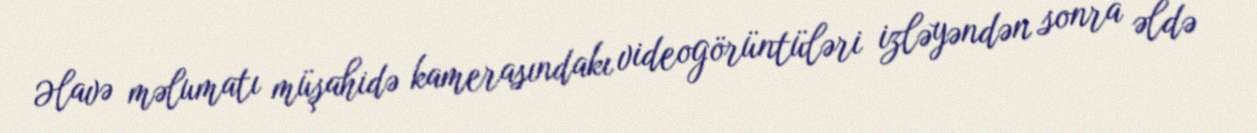
Əlavə məlumatı müşahidə kamerasındakı videogörüntüləri izləyəndən sonra əldə